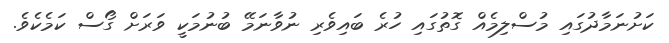
ކަށުނަމާދުގައި މުސްލިމެއް ގޮތުގައި ހުރެ ބައިވެރި ނުވާނަމޭ ބުނުމަކީ ވަރަށް ގޯސް ކަމެކެވެ.